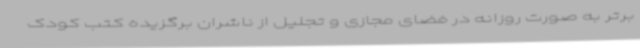
برتر به صورت روزانه در فضای مجازی و تجلیل از ناشران برگزیده کتب کودک